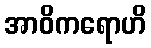
အာဝိကရောဟိ